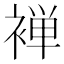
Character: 褝